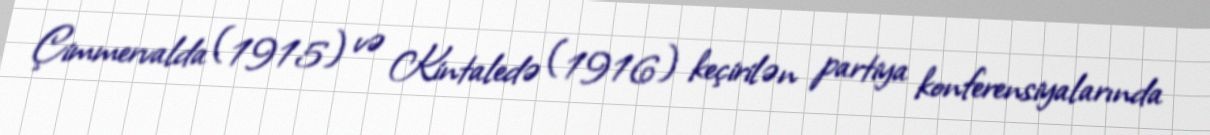
Çimmervalda (1915) və Kintaledə (1916) keçirilən partiya konferensiyalarında